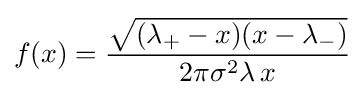
f(x)={\frac {\sqrt {(\lambda _{+}-x)(x-\lambda _{-})}}{2\pi \sigma ^{2}\lambda \,x}}